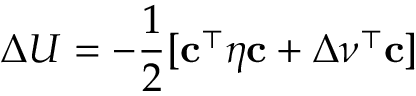
\Delta U = - \frac { 1 } { 2 } [ \mathbf { c } ^ { \top } \boldsymbol \eta \mathbf { c } + \Delta \boldsymbol \nu ^ { \top } \mathbf { c } ]